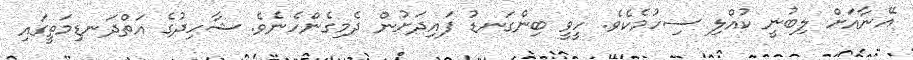
އޭނާއަށް ލިބުނީ ކުއްލި ސިހުމެކެވެ. ހީވީ ބިންގަނޑު ފައިދަށުން ދެމިގެންހެނެވެ. ޝާހިދުގެ އަތްދަނޑިމަތީގައި